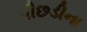
પીછડીના